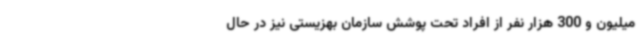
میلیون و 300 هزار نفر از افراد تحت پوشش سازمان بهزیستی نیز در حال